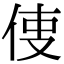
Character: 𠉕